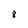
Character: 8